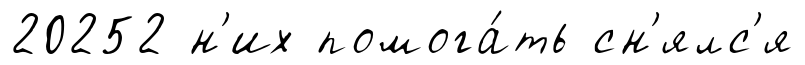
20252 н'их помога́ть сн'ялс'я